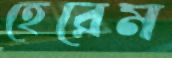
হেরেম